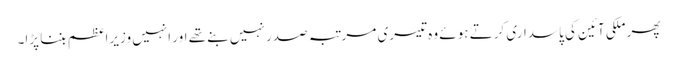
پھر ملکی آئین کی پاسداری کرتے ہوئے وہ تیسری مرتبہ صدر نہیں بنے تھے اور انہیں وزیراعظم بننا پڑا۔